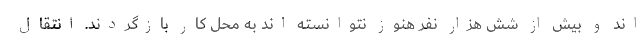
اند و بیش از شش هزار نفر هنوز نتوانسته اند به محل کار بازگردند. انتقال